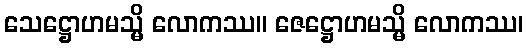
သေဋ္ဌောဟမသ္မိ လောကဿ။ ဇေဋ္ဌောဟမသ္မိ လောကဿ၊